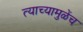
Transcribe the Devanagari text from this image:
त्याच्यामुळेंच